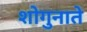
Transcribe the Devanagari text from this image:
शोगुनाते